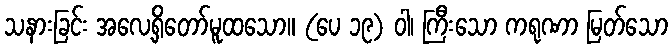
သနားခြင်း အလေ့ရှိတော်မူထသော။ (ပေ ၁၉) ဝါ၊ ကြီးသော ကရုဏာ မြတ်သော